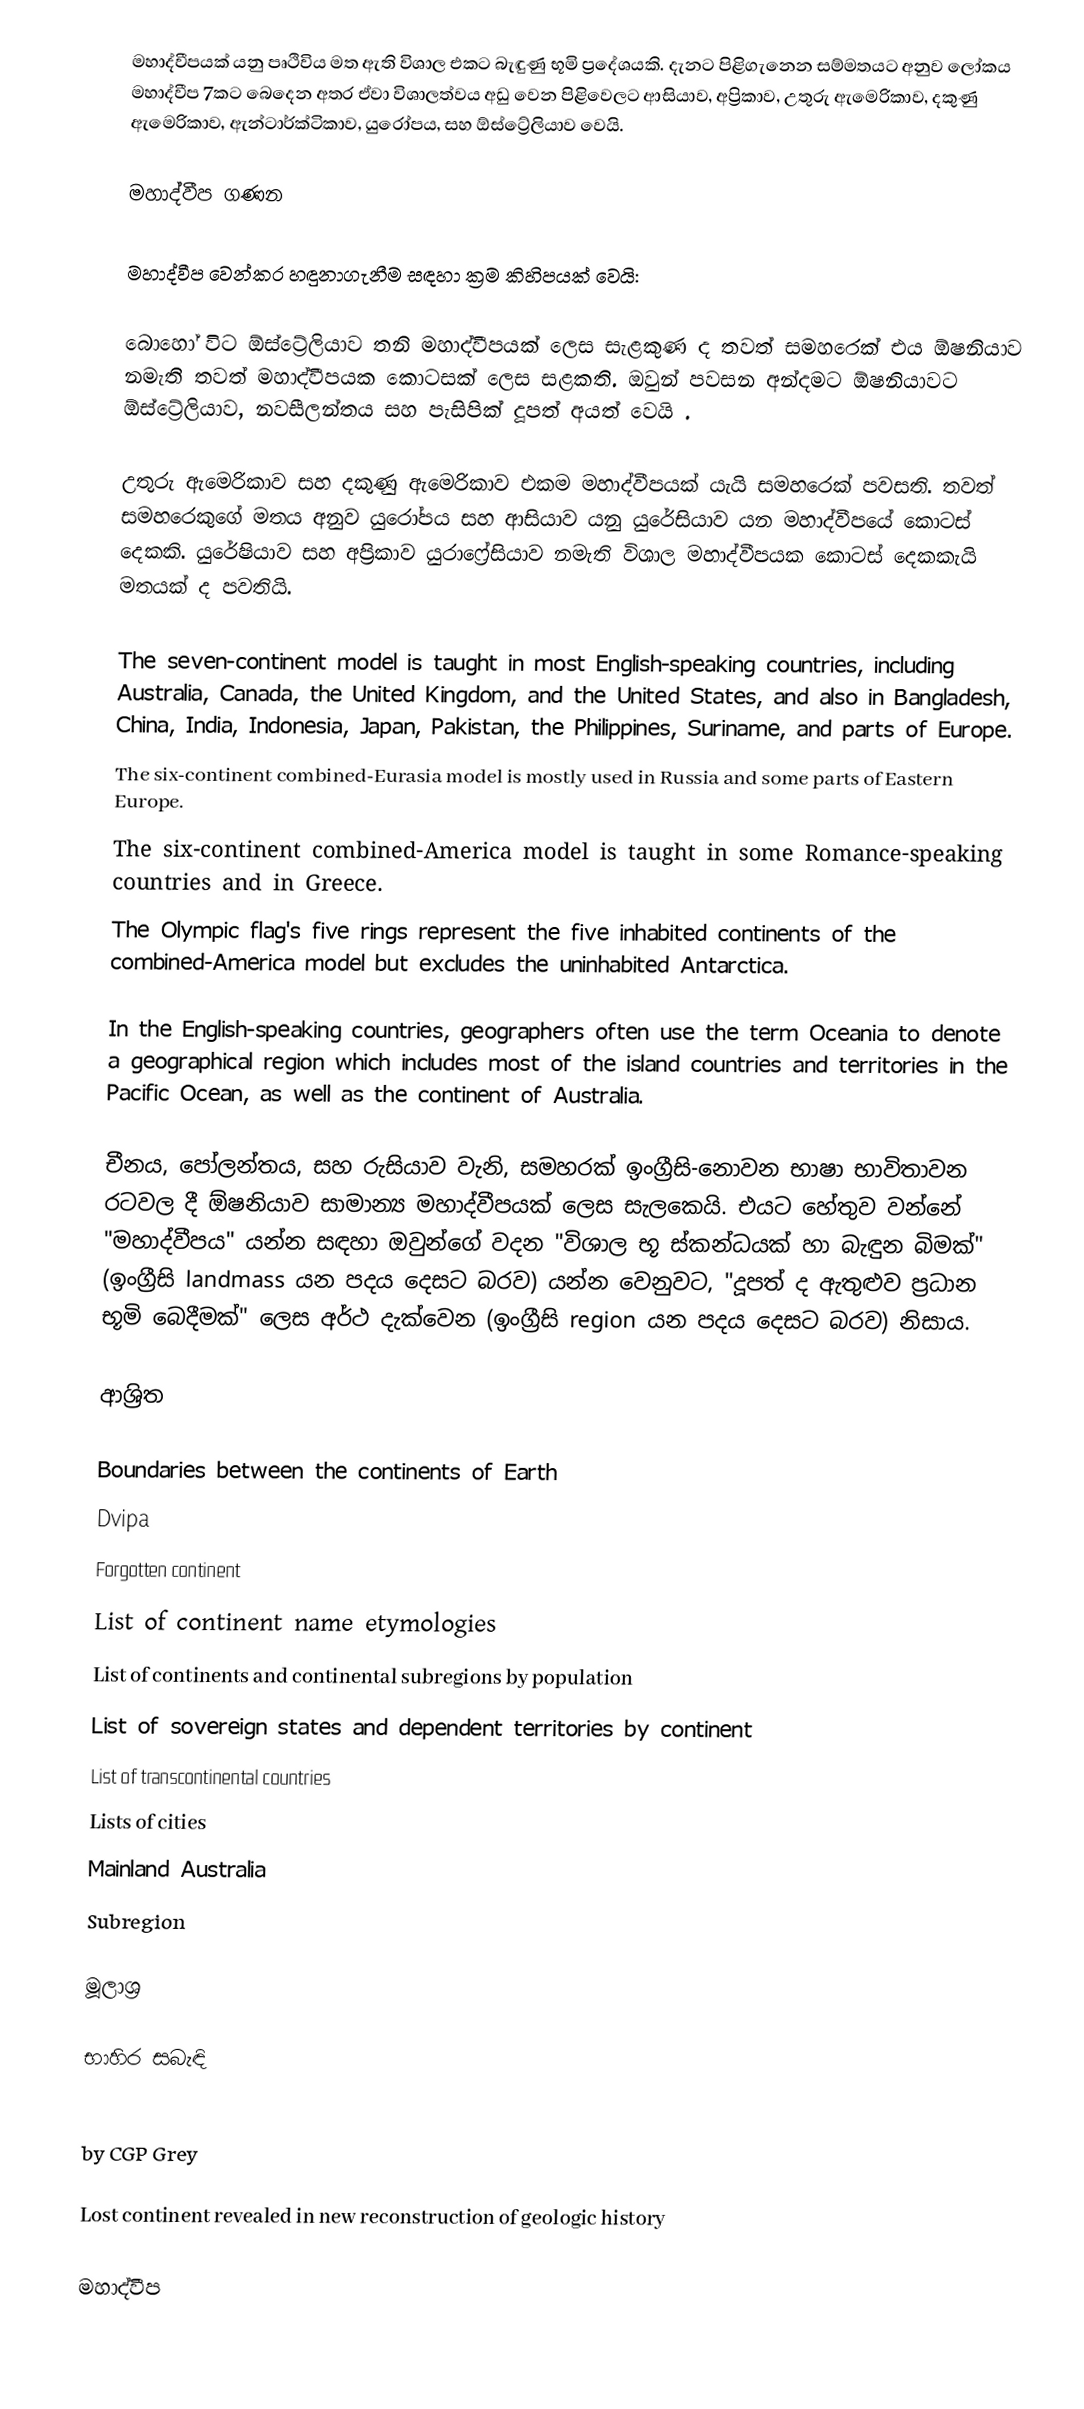
මහාද්වීපයක් යනු පෘථිවිය මත ඇති විශාල එකට බැඳුණු භූමි ප්‍රදේශයකි. දැනට පිළිගැනෙන සම්මතයට අනුව ලෝකය මහාද්වීප 7කට බෙදෙන අතර ඒවා විශාලත්වය අඩු වෙන පිළිවෙලට ආසියාව, අප්‍රිකාව, උතුරු ඇමෙරිකාව, දකුණු ඇමෙරිකාව, ඇන්ටාර්ක්ටිකාව, යුරෝපය, සහ ඕස්ට්‍රේලියාව වෙයි.

මහාද්වීප ගණන

මහාද්වීප වෙන්කර හඳුනාගැනීම සඳහා ක්‍රම කිහිපයක් වෙයි:

බොහෝ විට ඕස්ට්‍රේලියාව තනි මහාද්වීපයක් ලෙස සැළකුණ ද තවත් සමහරෙක් එය ඕෂනියාව නමැති තවත් මහාද්වීපයක කොටසක් ලෙස සළකති. ඔවුන් පවසන අන්දමට ඕෂනියාවට ඕස්ට්‍රේලියාව, නවසීලන්තය සහ පැසිපික් දූපත් අයත් වෙයි .

උතුරු ඇමෙරිකාව සහ දකුණු ඇමෙරිකාව එකම මහාද්වීපයක් යැයි සමහරෙක් පවසති. තවත් සමහරෙකුගේ මතය අනුව යුරෝපය සහ ආසියාව යනු යුරේසියාව යන මහාද්වීපයේ කොටස් දෙකකි. යුරේෂියාව සහ අප්‍රිකාව යුරාෆ්‍රේසියාව නමැති විශාල මහාද්වීපයක කොටස් දෙකකැයි මතයක් ද පවතියි.

 The seven-continent model is taught in most English-speaking countries, including Australia, Canada, the United Kingdom, and the United States, and also in Bangladesh, China, India, Indonesia, Japan, Pakistan, the Philippines, Suriname, and parts of Europe.
 The six-continent combined-Eurasia model is mostly used in Russia and some parts of Eastern Europe.
 The six-continent combined-America model is taught in some Romance-speaking countries and in Greece.
 The Olympic flag's five rings represent the five inhabited continents of the combined-America model but excludes the uninhabited Antarctica.

In the English-speaking countries, geographers often use the term Oceania to denote a geographical region which includes most of the island countries and territories in the Pacific Ocean, as well as the continent of Australia.

චීනය, පෝලන්තය, සහ රුසියාව වැනි, සමහරක් ඉංග්‍රීසි-නොවන භාෂා භාවිතාවන රටවල දී ඕෂනියාව සාමාන්‍ය මහාද්වීපයක් ලෙස සැලකෙයි. එයට හේතුව වන්නේ "මහාද්වීපය" යන්න සඳහා ඔවුන්ගේ වදන "විශාල භූ ස්කන්ධයක් හා බැඳුන බිමක්" (ඉංග්‍රීසි landmass යන පදය දෙසට බරව) යන්න වෙනුවට, "දූපත් ද ඇතුළුව ප්‍රධාන භූමි බෙදීමක්" ලෙස අර්ථ දැක්වෙන (ඉංග්‍රීසි region යන පදය දෙසට බරව) නිසාය.

ආශ්‍රිත

 Boundaries between the continents of Earth
 Dvipa
 Forgotten continent
 List of continent name etymologies
 List of continents and continental subregions by population
 List of sovereign states and dependent territories by continent
 List of transcontinental countries
 Lists of cities
 Mainland Australia
 Subregion

මූලාශ්‍ර

භාහිර සබැඳි

  by CGP Grey

 Lost continent revealed in new reconstruction of geologic history

මහාද්වීප